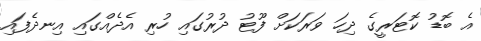
އެ ބޮޑު ކޮޓަރީގެ ދިހަ ވަރަކަށް ފޫޓު ދުރުގައި ހުރި އެދެއްގައި އިނދެފައި